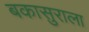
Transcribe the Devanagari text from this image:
बकासुराला